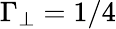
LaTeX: \Gamma_{\perp}=1/4